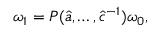
\omega _ { 1 } = { \cal P } ( \hat { a } , \ldots , \hat { c } ^ { - 1 } ) \omega _ { 0 } ,